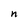
Character: n